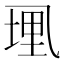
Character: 𫡭